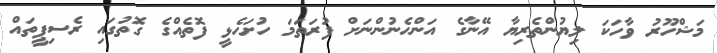
މަޝްހޫރު ވާހަކަ ލިޔުންތެރިޔާ އޭނާގެ އަންހެނުންނަށް ފުރަތަމަ ހުށަހެޅީ ފޮތެއްގެ ގޮތުގައި ރެސިޕީތައް